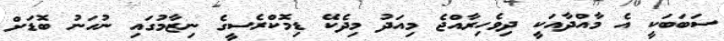
ސަބަބަކީ އެ މާއްދާއަކީ ދިވެހިރާއްޖެ މިއަދު މިދެކޭ ޑިމޮކްރެސީގެ ނިޒާމުގައި ނުހަނު ބޮޑަށް